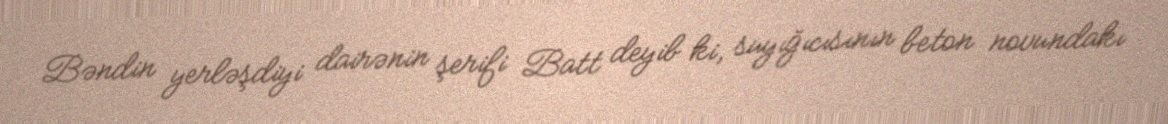
Bəndin yerləşdiyi dairənin şerifi Batt deyib ki, suyığıcısının beton novundakı